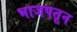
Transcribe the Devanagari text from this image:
भाजपतून